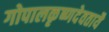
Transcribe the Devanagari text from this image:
गोपालकृष्णदेवतायै